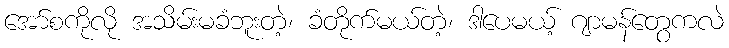
အော်စကိုလို အသိမ်းမခံဘူးတဲ့၊ ခံတိုက်မယ်တဲ့၊ ဒါပေမယ့် ဂျာမန်တွေကလဲ